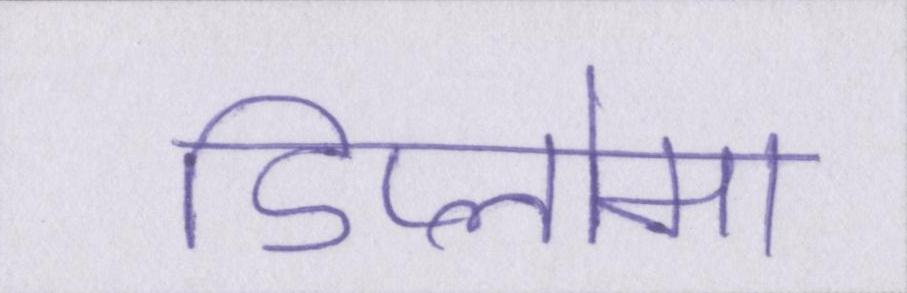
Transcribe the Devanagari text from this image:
डिप्लोमा